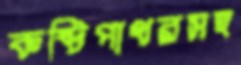
কষ্টিপাথরসহ